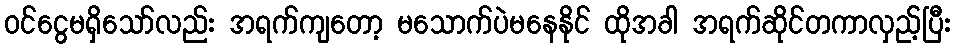
ဝင်ငွေမရှိသော်လည်း အရက်ကျတော့ မသောက်ပဲမနေနိုင် ထိုအခါ အရက်ဆိုင်တကာလှည့်ပြီး